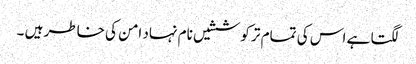
لگتا ہے اس کی تمام تر کوششیں نام نہاد امن کی خاطر ہیں ۔